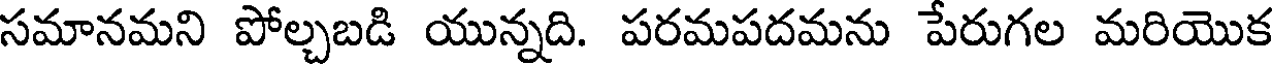
సమానమని పోల్చబడి యున్నది. పరమపదమను పేరుగల మరియొక